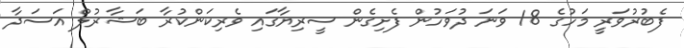
ފެބުރުވަރީ މަހުގެ 18 ވަނަ ދުވަހުން ފެށިގެން ސީރިޔާގައި ވެރިކަންކުރާ ބަޝާރުލް އަސަދާ